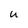
Character: U